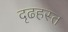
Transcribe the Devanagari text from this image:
दृढहस्त